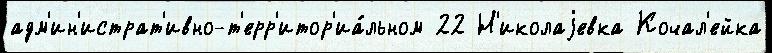
адм'ин'истрат'ивно-т'ерр'итор'иа́льном 22 Н'иколаjевка Кочал'ейка